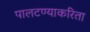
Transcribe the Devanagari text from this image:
पालटण्याकरिता